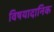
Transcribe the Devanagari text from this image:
विषयादानिक